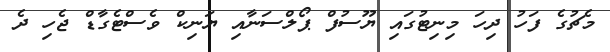
މެޗުގެ ފަހު ދިހަ މިނިޓުގައި ޔޫސުފް ޕޯލްސަނާއި ޔަނިކް ވެސްޓެގާޑް ޖެހި ދެ